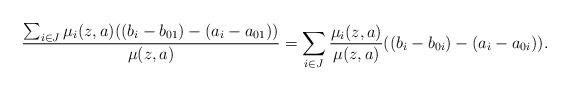
LaTeX: \begin{align*}& \frac { \sum_{i\in J} \mu_i (z,a) ((b_i -b_{01}) -(a_i-a_{01}))} { \mu (z,a) } = \sum_{i\in J} \frac { \mu_i (z,a) } { \mu (z,a) } ((b_i -b_{0i}) -(a_i-a_{0i})) . \end{align*}